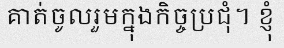
គាត់ចូលរួមក្នុងកិច្ចប្រជុំ។ ខ្ញុំ